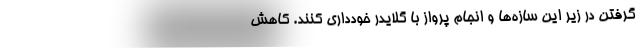
گرفتن در زیر این سازه‌ها و انجام پرواز با گلایدر خودداری کنند. کاهش